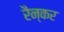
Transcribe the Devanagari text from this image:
रैन्कर